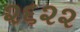
૨૬૨૨